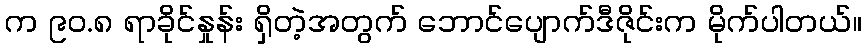
က ၉၀.၈ ရာခိုင်နှုန်း ရှိတဲ့အတွက် ဘောင်ပျောက်ဒီဇိုင်းက မိုက်ပါတယ်။